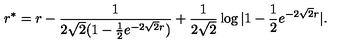
r ^ { * } = r - { \frac { 1 } { 2 \sqrt 2 ( 1 - { \frac { 1 } { 2 } } e ^ { - 2 \sqrt 2 r } ) } } + { \frac { 1 } { 2 \sqrt 2 } } \log | 1 - { \frac { 1 } { 2 } } e ^ { - 2 \sqrt 2 r } | .